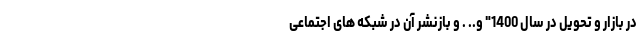
در بازار و تحویل در سال 1400" و.. . و بازنشر آن در شبکه های اجتماعی